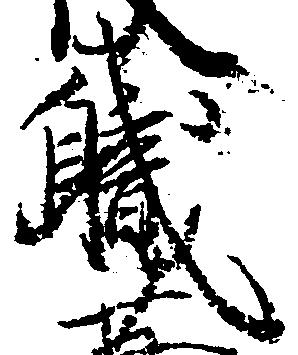
職